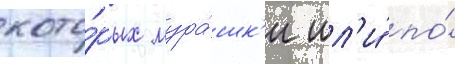
кото́рых мура́шк'и шл'и́ по́